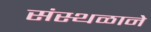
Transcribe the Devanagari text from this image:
संस्थळाने